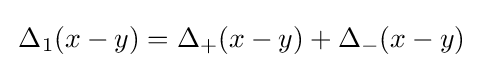
\,\Delta _{1}(x-y)=\Delta _{+}(x-y)+\Delta _{-}(x-y)